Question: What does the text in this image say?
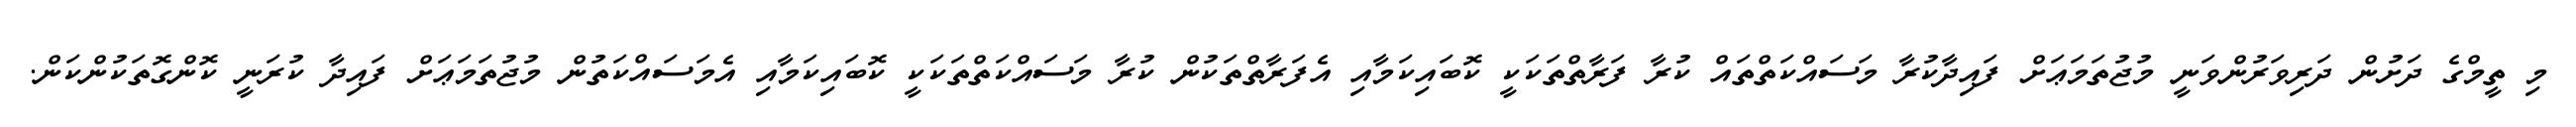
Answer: މި ތީމްގެ ދަށުން ދަރިވަރުންވަނީ މުޖުތަމަޢަށް ފައިދާކުރާ މަސައްކަތްތައް ކުރާ ފަރާތްތަކަކީ ކޮބައިކަމާއި އެފަރާތްތަކުން ކުރާ މަސައްކަތްތަކަކީ ކޮބައިކަމާއި އެމަސައްކަތުން މުޖުތަމަޢަށް ފައިދާ ކުރަނީ ކޮންގޮތަކުންކަން.